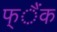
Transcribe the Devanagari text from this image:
फ्ैंक